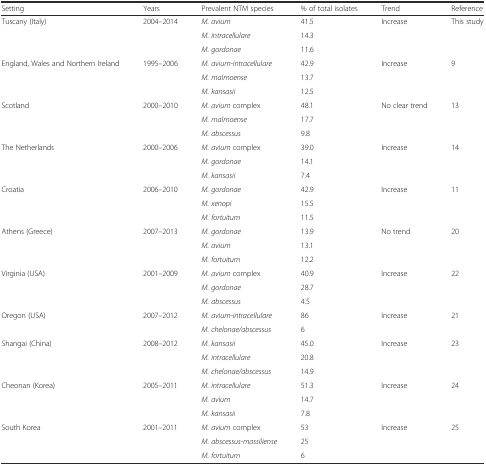
<table><thead><tr><td><b>Setting</b></td><td><b>Years</b></td><td><b>Prevalent NTM species</b></td><td><b>% of total isolates</b></td><td><b>Trend</b></td><td><b>Reference</b></td></tr></thead><tbody><tr><td rowspan="3">Tuscany (Italy)</td><td rowspan="3">2004–2014</td><td><i>M. avium</i></td><td>41.5</td><td rowspan="3">Increase</td><td rowspan="3">This study</td></tr><tr><td><i>M. intracellulare</i></td><td>14.3</td></tr><tr><td><i>M. gordonae</i></td><td>11.6</td></tr><tr><td rowspan="3">England, Wales and Northern Ireland</td><td rowspan="3">1995–2006</td><td><i>M. avium-intracellulare</i></td><td>42.9</td><td rowspan="3">Increase</td><td rowspan="3">9</td></tr><tr><td><i>M. malmoense</i></td><td>13.7</td></tr><tr><td><i>M. kansasii</i></td><td>12.5</td></tr><tr><td rowspan="3">Scotland</td><td rowspan="3">2000–2010</td><td><i>M. avium</i> complex</td><td>48.1</td><td rowspan="3">No clear trend</td><td rowspan="3">13</td></tr><tr><td><i>M. malmoense</i></td><td>17.7</td></tr><tr><td><i>M. abscessus</i></td><td>9.8</td></tr><tr><td rowspan="3">The Netherlands</td><td rowspan="3">2000–2006</td><td><i>M. avium</i> complex</td><td>39.0</td><td rowspan="3">Increase</td><td rowspan="3">14</td></tr><tr><td><i>M. gordonae</i></td><td>14.1</td></tr><tr><td><i>M. kansasii</i></td><td>7.4</td></tr><tr><td rowspan="3">Croatia</td><td rowspan="3">2006–2010</td><td><i>M. gordonae</i></td><td>42.9</td><td rowspan="3">Increase</td><td rowspan="3">11</td></tr><tr><td><i>M. xenopi</i></td><td>15.5</td></tr><tr><td><i>M. fortuitum</i></td><td>11.5</td></tr><tr><td rowspan="3">Athens (Greece)</td><td rowspan="3">2007–2013</td><td><i>M. gordonae</i></td><td>13.9</td><td rowspan="3">No trend</td><td rowspan="3">20</td></tr><tr><td><i>M. avium</i></td><td>13.1</td></tr><tr><td><i>M. fortuitum</i></td><td>12.2</td></tr><tr><td rowspan="3">Virginia (USA)</td><td rowspan="3">2001–2009</td><td><i>M. avium</i> complex</td><td>40.9</td><td rowspan="3">Increase</td><td rowspan="3">22</td></tr><tr><td><i>M. gordonae</i></td><td>28.7</td></tr><tr><td><i>M. abscessus</i></td><td>4.5</td></tr><tr><td rowspan="2">Oregon (USA)</td><td rowspan="2">2007–2012</td><td><i>M. avium-intracellulare</i></td><td>86</td><td rowspan="2">Increase</td><td rowspan="2">21</td></tr><tr><td><i>M. chelonae/abscessus</i></td><td>6</td></tr><tr><td rowspan="3">Shangai (China)</td><td rowspan="3">2008–2012</td><td><i>M. kansasii</i></td><td>45.0</td><td rowspan="3">Increase</td><td rowspan="3">23</td></tr><tr><td><i>M. intracellulare</i></td><td>20.8</td></tr><tr><td><i>M. chelonae/abscessus</i></td><td>14.9</td></tr><tr><td rowspan="3">Cheonan (Korea)</td><td rowspan="3">2005–2011</td><td><i>M. intracellulare</i></td><td>51.3</td><td rowspan="3">Increase</td><td rowspan="3">24</td></tr><tr><td><i>M. avium</i></td><td>14.7</td></tr><tr><td><i>M. kansasii</i></td><td>7.8</td></tr><tr><td rowspan="3">South Korea</td><td rowspan="3">2001–2011</td><td><i>M. avium</i> complex</td><td>53</td><td rowspan="3">Increase</td><td rowspan="3">25</td></tr><tr><td><i>M. abscessus-massiliense</i></td><td>25</td></tr><tr><td><i>M. fortuitum</i></td><td>6</td></tr></tbody></table>